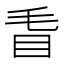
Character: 𥄥